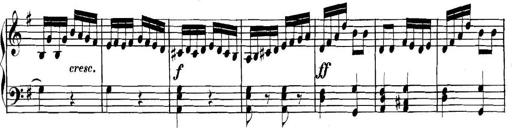
Title: Collected Piano Sonatas
Composer: Muzio Clementi